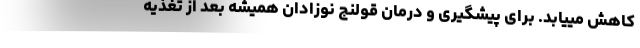
کاهش مییابد. برای پیشگیری و درمان قولنج نوزادان همیشه بعد از تغذیه